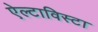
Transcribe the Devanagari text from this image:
ऐल्टाविस्टा